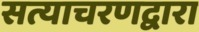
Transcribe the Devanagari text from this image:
सत्याचरणद्वारा